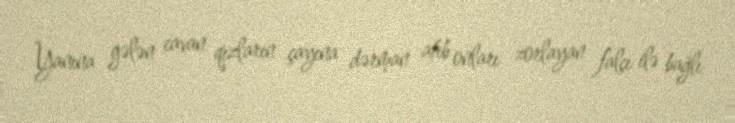
Yanına gələn cavan qızların çayına dərman atıb onları zorlayan falçı ilə bağlı